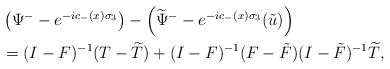
\begin{align*}\begin{aligned}&\left(\Psi^--e^{-ic_-(x)\sigma_3}\right)-\left(\widetilde{\Psi}^--e^{-ic_-(x)\sigma_3}(\tilde{u})\right)\\&=(I-F)^{-1}(T-\widetilde{T})+(I-F)^{-1}(F-\tilde{F})(I-\tilde{F})^{-1} \widetilde{T},\end{aligned}\end{align*}